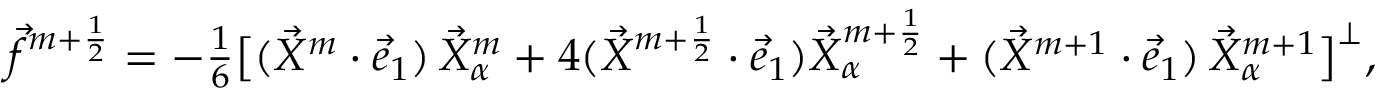
\begin{array} { r } { \vec { f } ^ { m + \frac { 1 } { 2 } } = - \frac { 1 } { 6 } \bigl [ ( \vec { X } ^ { m } \cdot \vec { e } _ { 1 } ) \, \vec { X } _ { \alpha } ^ { m } + 4 ( \vec { X } ^ { m + \frac { 1 } { 2 } } \cdot \vec { e } _ { 1 } ) \vec { X } _ { \alpha } ^ { m + \frac { 1 } { 2 } } + ( \vec { X } ^ { m + 1 } \cdot \vec { e } _ { 1 } ) \, \vec { X } _ { \alpha } ^ { m + 1 } \bigr ] ^ { \perp } , } \end{array}